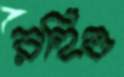
রহিও